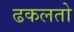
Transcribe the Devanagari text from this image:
ढकलतो